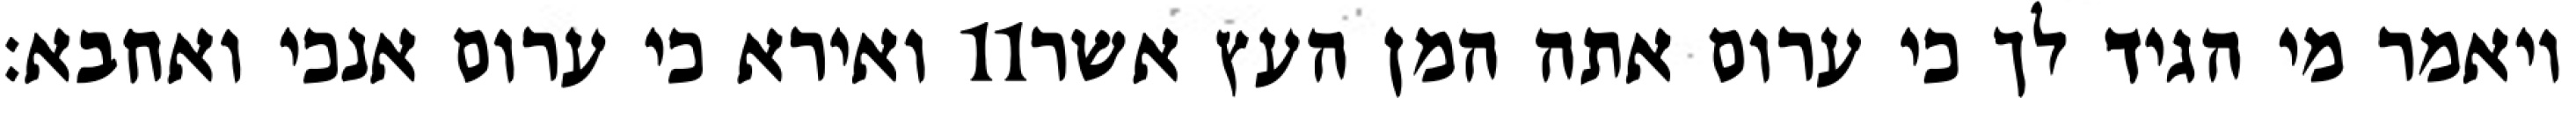
ואירא כי ערום אנכי ואחבא׃ ‎11‏ ויאמר מי הגיד לך כי ערום אתה המן העץ אשר